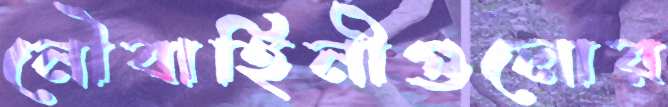
নৌবাহিনীগুলোর